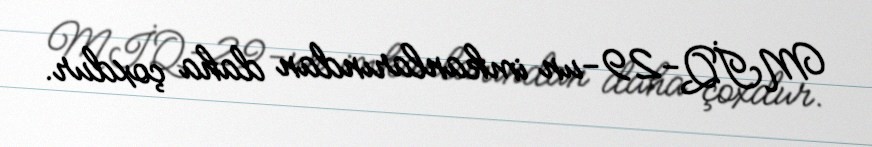
MİQ-29-un imkanlarından daha çoxdur.